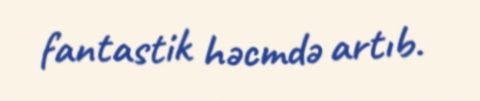
fantastik həcmdə artıb.